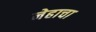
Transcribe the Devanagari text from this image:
नेहाचा